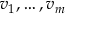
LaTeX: v _ { 1 } , \ldots , v _ { m }